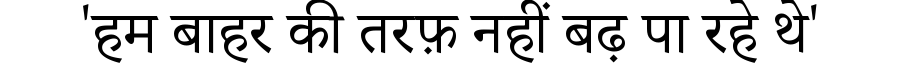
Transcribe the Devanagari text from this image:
'हम बाहर की तरफ़ नहीं बढ़ पा रहे थे'